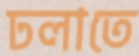
ঢলাতে